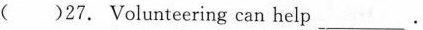
( )27.Volunteering can help ______.